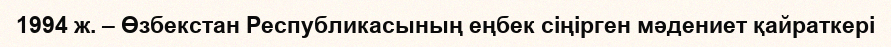
1994 ж. – Өзбекстан Республикасының еңбек сіңірген мәдениет қайраткері